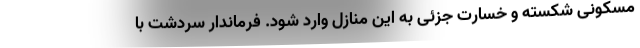
مسکونی شکسته و خسارت جزئی به این منازل وارد شود. فرماندار سردشت با